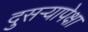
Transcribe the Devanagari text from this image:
दुसऱ्यापेक्षा